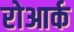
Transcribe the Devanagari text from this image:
रोआर्क